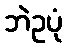
ဘဲဥပုံ